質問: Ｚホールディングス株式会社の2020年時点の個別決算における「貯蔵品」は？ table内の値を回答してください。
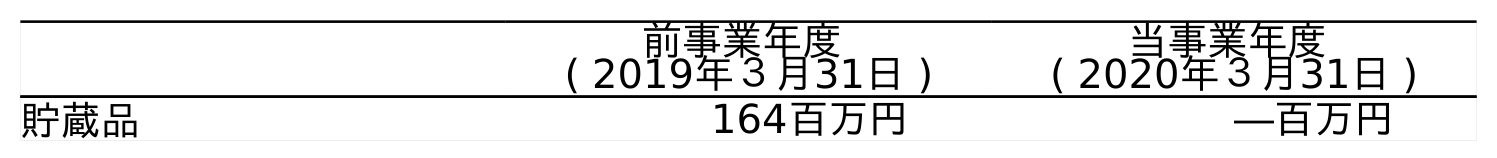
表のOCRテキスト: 前事業年度 ( 2019年３月31日 ) 当事業年度 ( 2020年３月31日 ) 貯蔵品 164百万円 ―百万円
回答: ―